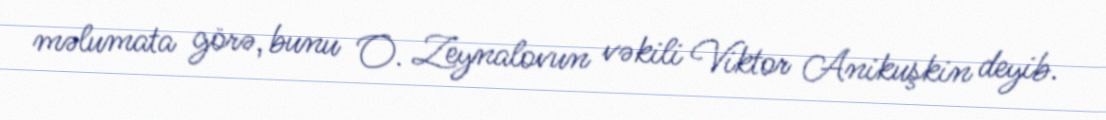
məlumata görə, bunu O. Zeynalovun vəkili Viktor Anikuşkin deyib.